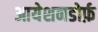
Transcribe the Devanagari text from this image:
आयेशनडोर्फ़